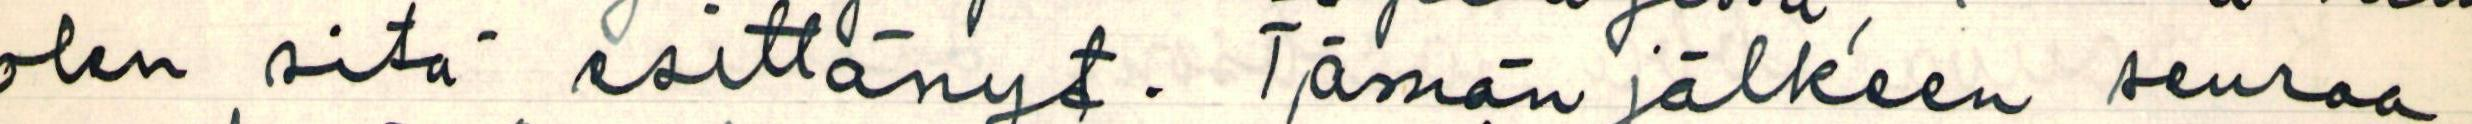
olen sitä esittänyt. Tämän jälkeen seuraa